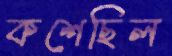
কশেছিল